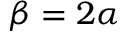
\beta = 2 \alpha